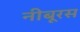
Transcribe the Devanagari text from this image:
नीबूरस